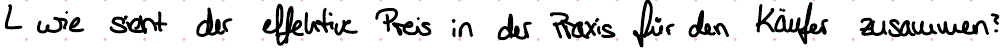
wie sieht der effektive Preis in der Praxis für den Käufer zusammen?